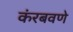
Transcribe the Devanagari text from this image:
कंरबवणे